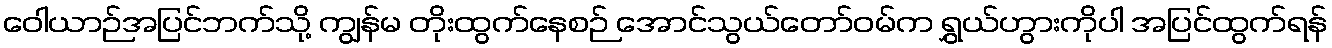
ဝေါယာဉ်အပြင်ဘက်သို့ ကျွန်မ တိုးထွက်နေစဉ် အောင်သွယ်တော်ဝမ်က ရွှယ်ဟွားကိုပါ အပြင်ထွက်ရန်